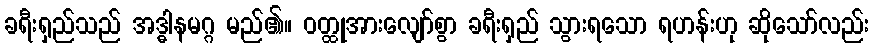
ခရီးရှည်သည် အဒ္ဓါနမဂ္ဂ မည်၏။ ဝတ္ထုအားလျော်စွာ ခရီးရှည် သွားရသော ရဟန်းဟု ဆိုသော်လည်း